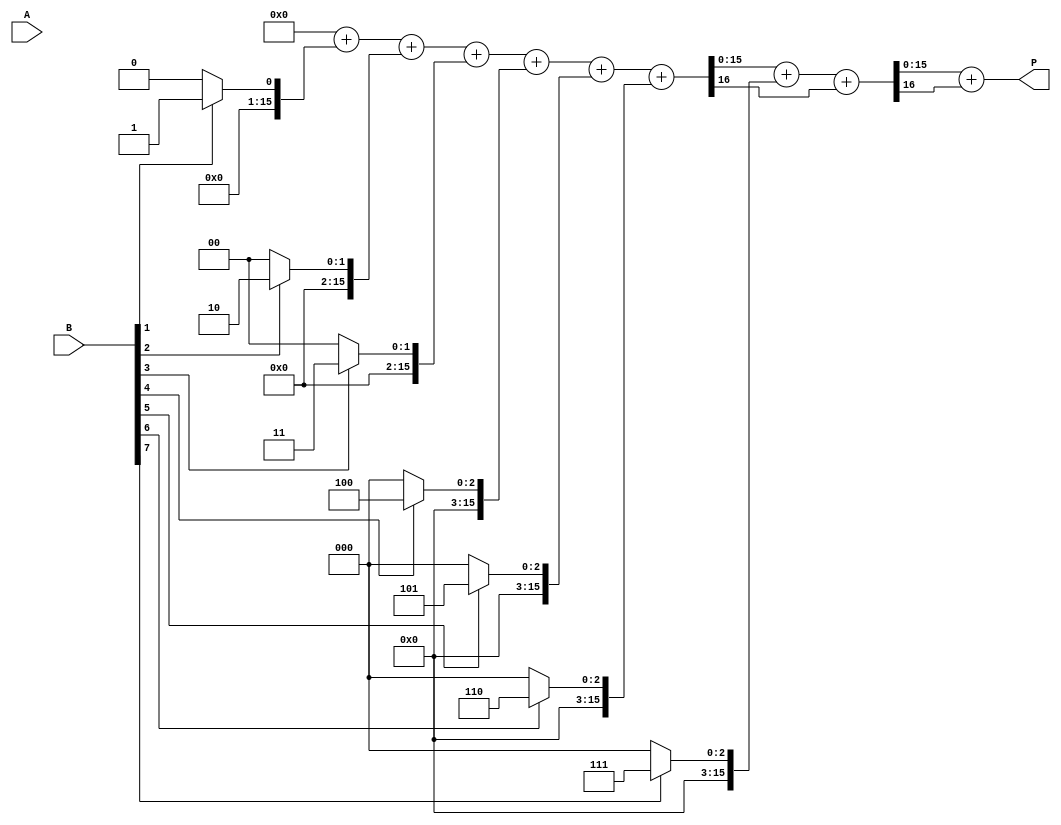
module adaptive_wallace_tree_multiplier #(parameter A_WIDTH = 8, parameter B_WIDTH = 8)(
    input [A_WIDTH-1:0] A,
    input [B_WIDTH-1:0] B,
    output reg [2*A_WIDTH-1:0] P
);
    // Generate partial products
    wire [(A_WIDTH + B_WIDTH - 1):0] partial_products[B_WIDTH-1:0];
    
    genvar i;
    generate
        for (i = 0; i < B_WIDTH; i = i + 1) begin : pp_gen
            assign partial_products[i] = (B[i] == 1'b1) ? {A, i} : {(A_WIDTH + 1){1'b0}};
        end
    endgenerate
    
    // Wallace tree reduction
    wire [A_WIDTH + B_WIDTH - 1:0] sum [0:2*A_WIDTH];
    wire [A_WIDTH + B_WIDTH - 1:0] carry [0:2*A_WIDTH];
    
    integer j;

    // First level of CSA aggregation
    always @(*) begin
        for (j = 0; j < B_WIDTH; j = j + 1) begin
            // Sum and carry initialization
            if (j == 0) begin
                sum[j] = partial_products[j];
                carry[j] = 0;
            end else begin
                // CSA addition
                {carry[j], sum[j]} = sum[j-1] + partial_products[j];
            end
        end
    end

    // Final CPA to combine the remaining terms
    wire [2*A_WIDTH-1:0] final_sum;
    wire [2*A_WIDTH-1:0] final_carry;

    assign {final_carry, final_sum} = sum[B_WIDTH-1] + carry[B_WIDTH-2];

    always @(*) begin
        P = final_sum + final_carry; // Final product
    end

endmodule